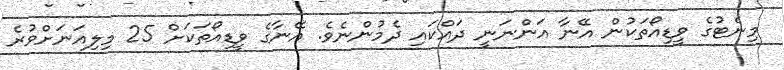
މިނެޓުގެ ވީޑިއޯތަކުން އޭނާ އަންނަނީ ދައްކައި ދެމުންނެވެ. އޭނާގެ ވީޑިއޯތަކަށް 25 މިލިއަނަށްވުރެ